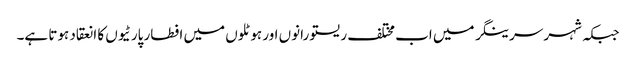
جبکہ شہر سرینگر میں اب مختلف ریستو رانوں اور ہوٹلوں میں افطار پارٹیوں کا انعقاد ہوتا ہے۔